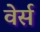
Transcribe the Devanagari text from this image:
वेर्स